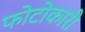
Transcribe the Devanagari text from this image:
फोटोकारी